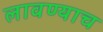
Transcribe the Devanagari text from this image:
लावण्याच